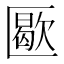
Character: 𠥜